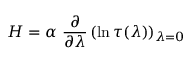
H = \alpha \ \frac { \partial } { \partial \lambda } \left( \ln \tau ( \lambda ) \right) _ { \lambda = 0 }